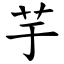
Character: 芋